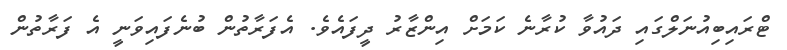
ޓްރައިބިއުނަލްގައި ދައުވާ ކުރާނެ ކަމަށް އިންޒާރު ދީފައެވެ. އެފަރާތުން ބުނެފައިވަނީ އެ ފަރާތުން